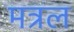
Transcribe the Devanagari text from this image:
मत्रल